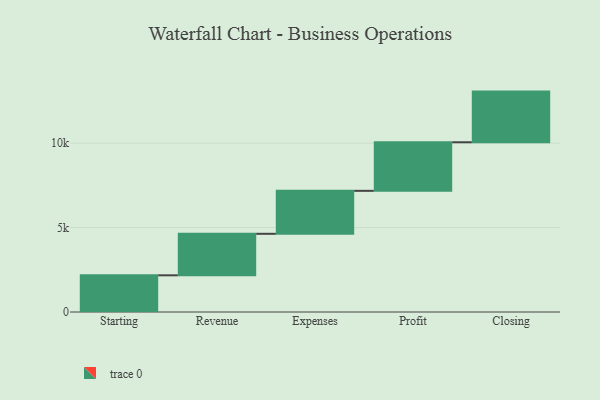
{"axis": {"x": "Step", "y": "Value"}, "legend": [""], "data": [{"x": "Starting", "y": 2173.0, "type": ""}, {"x": "Revenue", "y": 2458.0, "type": ""}, {"x": "Expenses", "y": 2544.0, "type": ""}, {"x": "Profit", "y": 2877.0, "type": ""}, {"x": "Closing", "y": 3000, "type": ""}]}